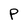
Character: P